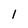
Character: l